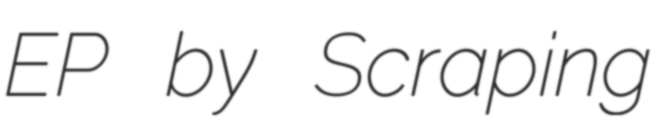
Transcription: EP by Scraping